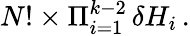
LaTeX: N!\times\Pi_{i=1}^{k-2}\, \delta H_{i}\, .